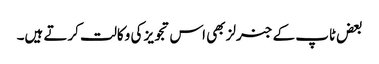
بعض ٹاپ کے جنرلز بھی اس تجویز کی وکالت کرتے ہیں۔